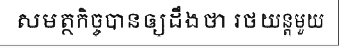
សមត្ថកិច្ចបានឲ្យដឹងថា រថយន្តមួយ